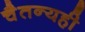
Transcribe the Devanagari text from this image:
चैतन्यही